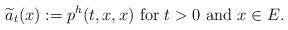
LaTeX: \begin{align*}\widetilde{a}_{t}(x):=p^{h}(t,x,x)\mbox{ for } t>0 \mbox{ and } x\in E.\end{align*}